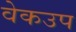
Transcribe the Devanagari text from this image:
वेकउप